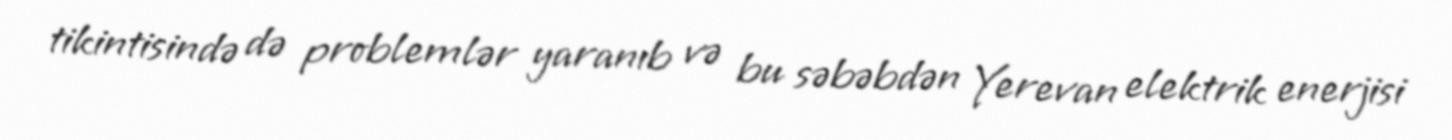
tikintisində də problemlər yaranıb və bu səbəbdən Yerevan elektrik enerjisi